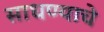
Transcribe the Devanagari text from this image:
साधण्‍याचे